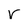
Character: r